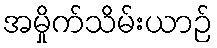
အမှိုက်သိမ်းယာဉ်